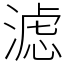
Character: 滤